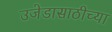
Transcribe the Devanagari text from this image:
उजेडासाठीच्या